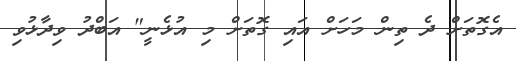
އެގޮތަށް ދެ ތިން މަހަށް އައި ގޮތަށް މި އުޅެނީ" އަބްދު ވިދާޅުވި